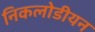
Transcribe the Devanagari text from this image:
निकलोडीयन